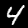
Digit: 4